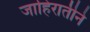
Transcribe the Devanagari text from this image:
जाहिरातीने